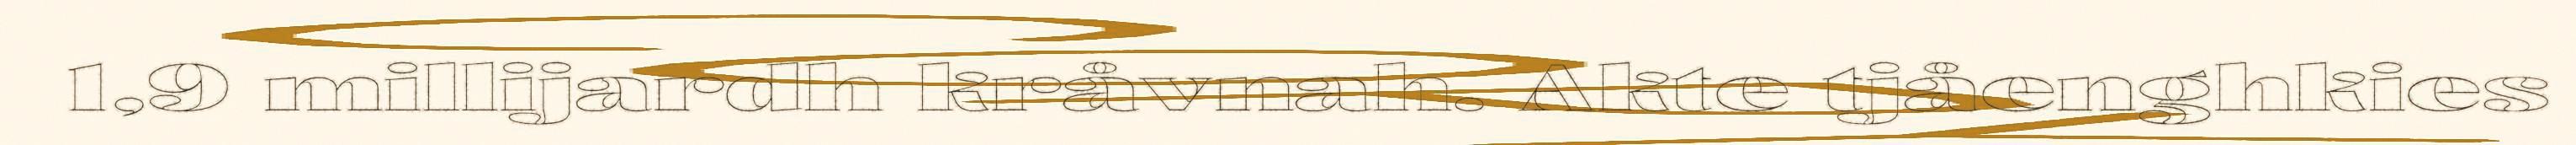
1,9 millijardh kråvnah. Akte tjåenghkies